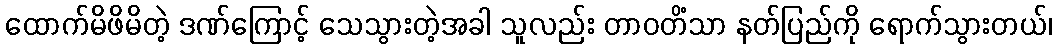
ထောက်မိဖိမိတဲ့ ဒဏ်ကြောင့် သေသွားတဲ့အခါ သူလည်း တာဝတိံသာ နတ်ပြည်ကို ရောက်သွားတယ်၊